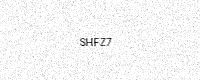
Text: SHFZ7